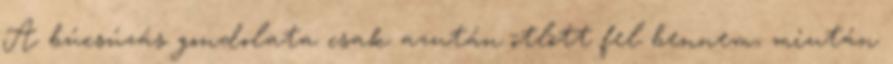
A búcsúzás gondolata csak azután ötlött fel bennem, miután